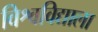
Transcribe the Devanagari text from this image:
विश्वविद्याला